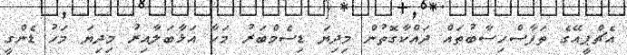
އެޗްޕީއޭގެ ތަފާސްހިސާބުތައް ދައްކާގޮތުން މިދިޔަ ޑިސެމްބަރު މަހާ އަޅާބަލާއިރު މިދިޔަ މަހު ޑެންގީ